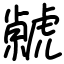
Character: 虩